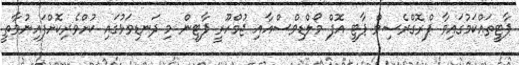
ޕާޓީތައްކަމުގައިވާ ޕްރޮގްރެސިވް ޕާޓީ އޮފް މޯލްޑިވްސްއާއި ޖުމްހޫރީ ޕާޓީން މި ދަނޑިވަޅުގައި ކުށްވެރިކޮށްފައިނުވާތީ